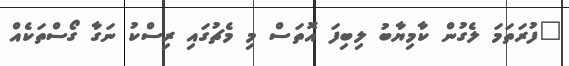
"ފުރަތަމަ ލެގުން ކާމިޔާބު ލިބިފަ އޮތަސް މި މެޗުގައި ރިސްކު ނަގާ ގޯސްތަކެއް